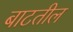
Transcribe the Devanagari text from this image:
बाटतील